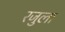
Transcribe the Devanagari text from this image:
रजुला